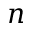
n